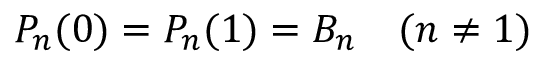
P _ { n } ( 0 ) = P _ { n } ( 1 ) = B _ { n } \quad ( n \neq 1 )